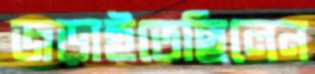
জড়াইতেছিলেন